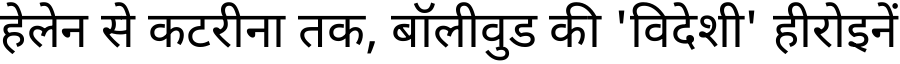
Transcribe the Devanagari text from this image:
हेलेन से कटरीना तक, बॉलीवुड की 'विदेशी' हीरोइनें